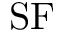
\mathrm { S F }